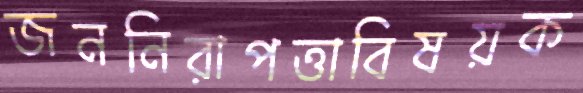
জননিরাপত্তাবিষয়ক